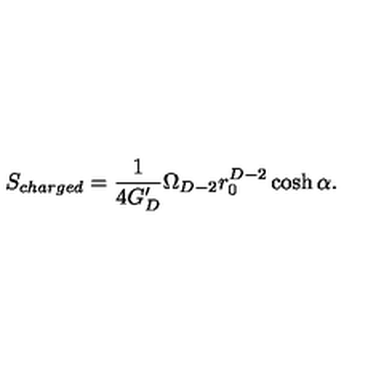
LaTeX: S _ { c h a r g e d } = { \frac { 1 } { 4 G _ { D } ^ { \prime } } } \Omega _ { D - 2 } r _ { 0 } ^ { D - 2 } \cosh \alpha .